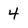
Character: 4